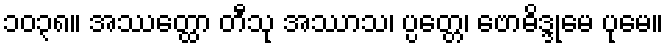
၁၀၃၈။ အဿတ္ထော တီသု အဿာသ၊ ပ္ပတ္တေ၊ ဗောဓိဒ္ဒုမေ ပုမေ။